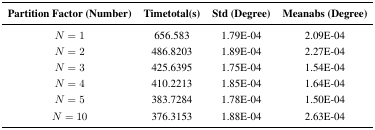
| Partition Factor (Number) | Timetotal(s) | Std (Degree) | Meanabs (Degree) |
 | --- | --- | --- | --- |
 | N = 1 | 656.583 | 1.79E-04 | 2.09E-04 |
 | N = 2 | 486.8203 | 1.89E-04 | 2.27E-04 |
 | N = 3 | 425.6395 | 1.75E-04 | 1.54E-04 |
 | N = 4 | 410.2213 | 1.85E-04 | 1.64E-04 |
 | N = 5 | 383.7284 | 1.78E-04 | 1.50E-04 |
 | N = 10 | 376.3153 | 1.88E-04 | 2.63E-04 |